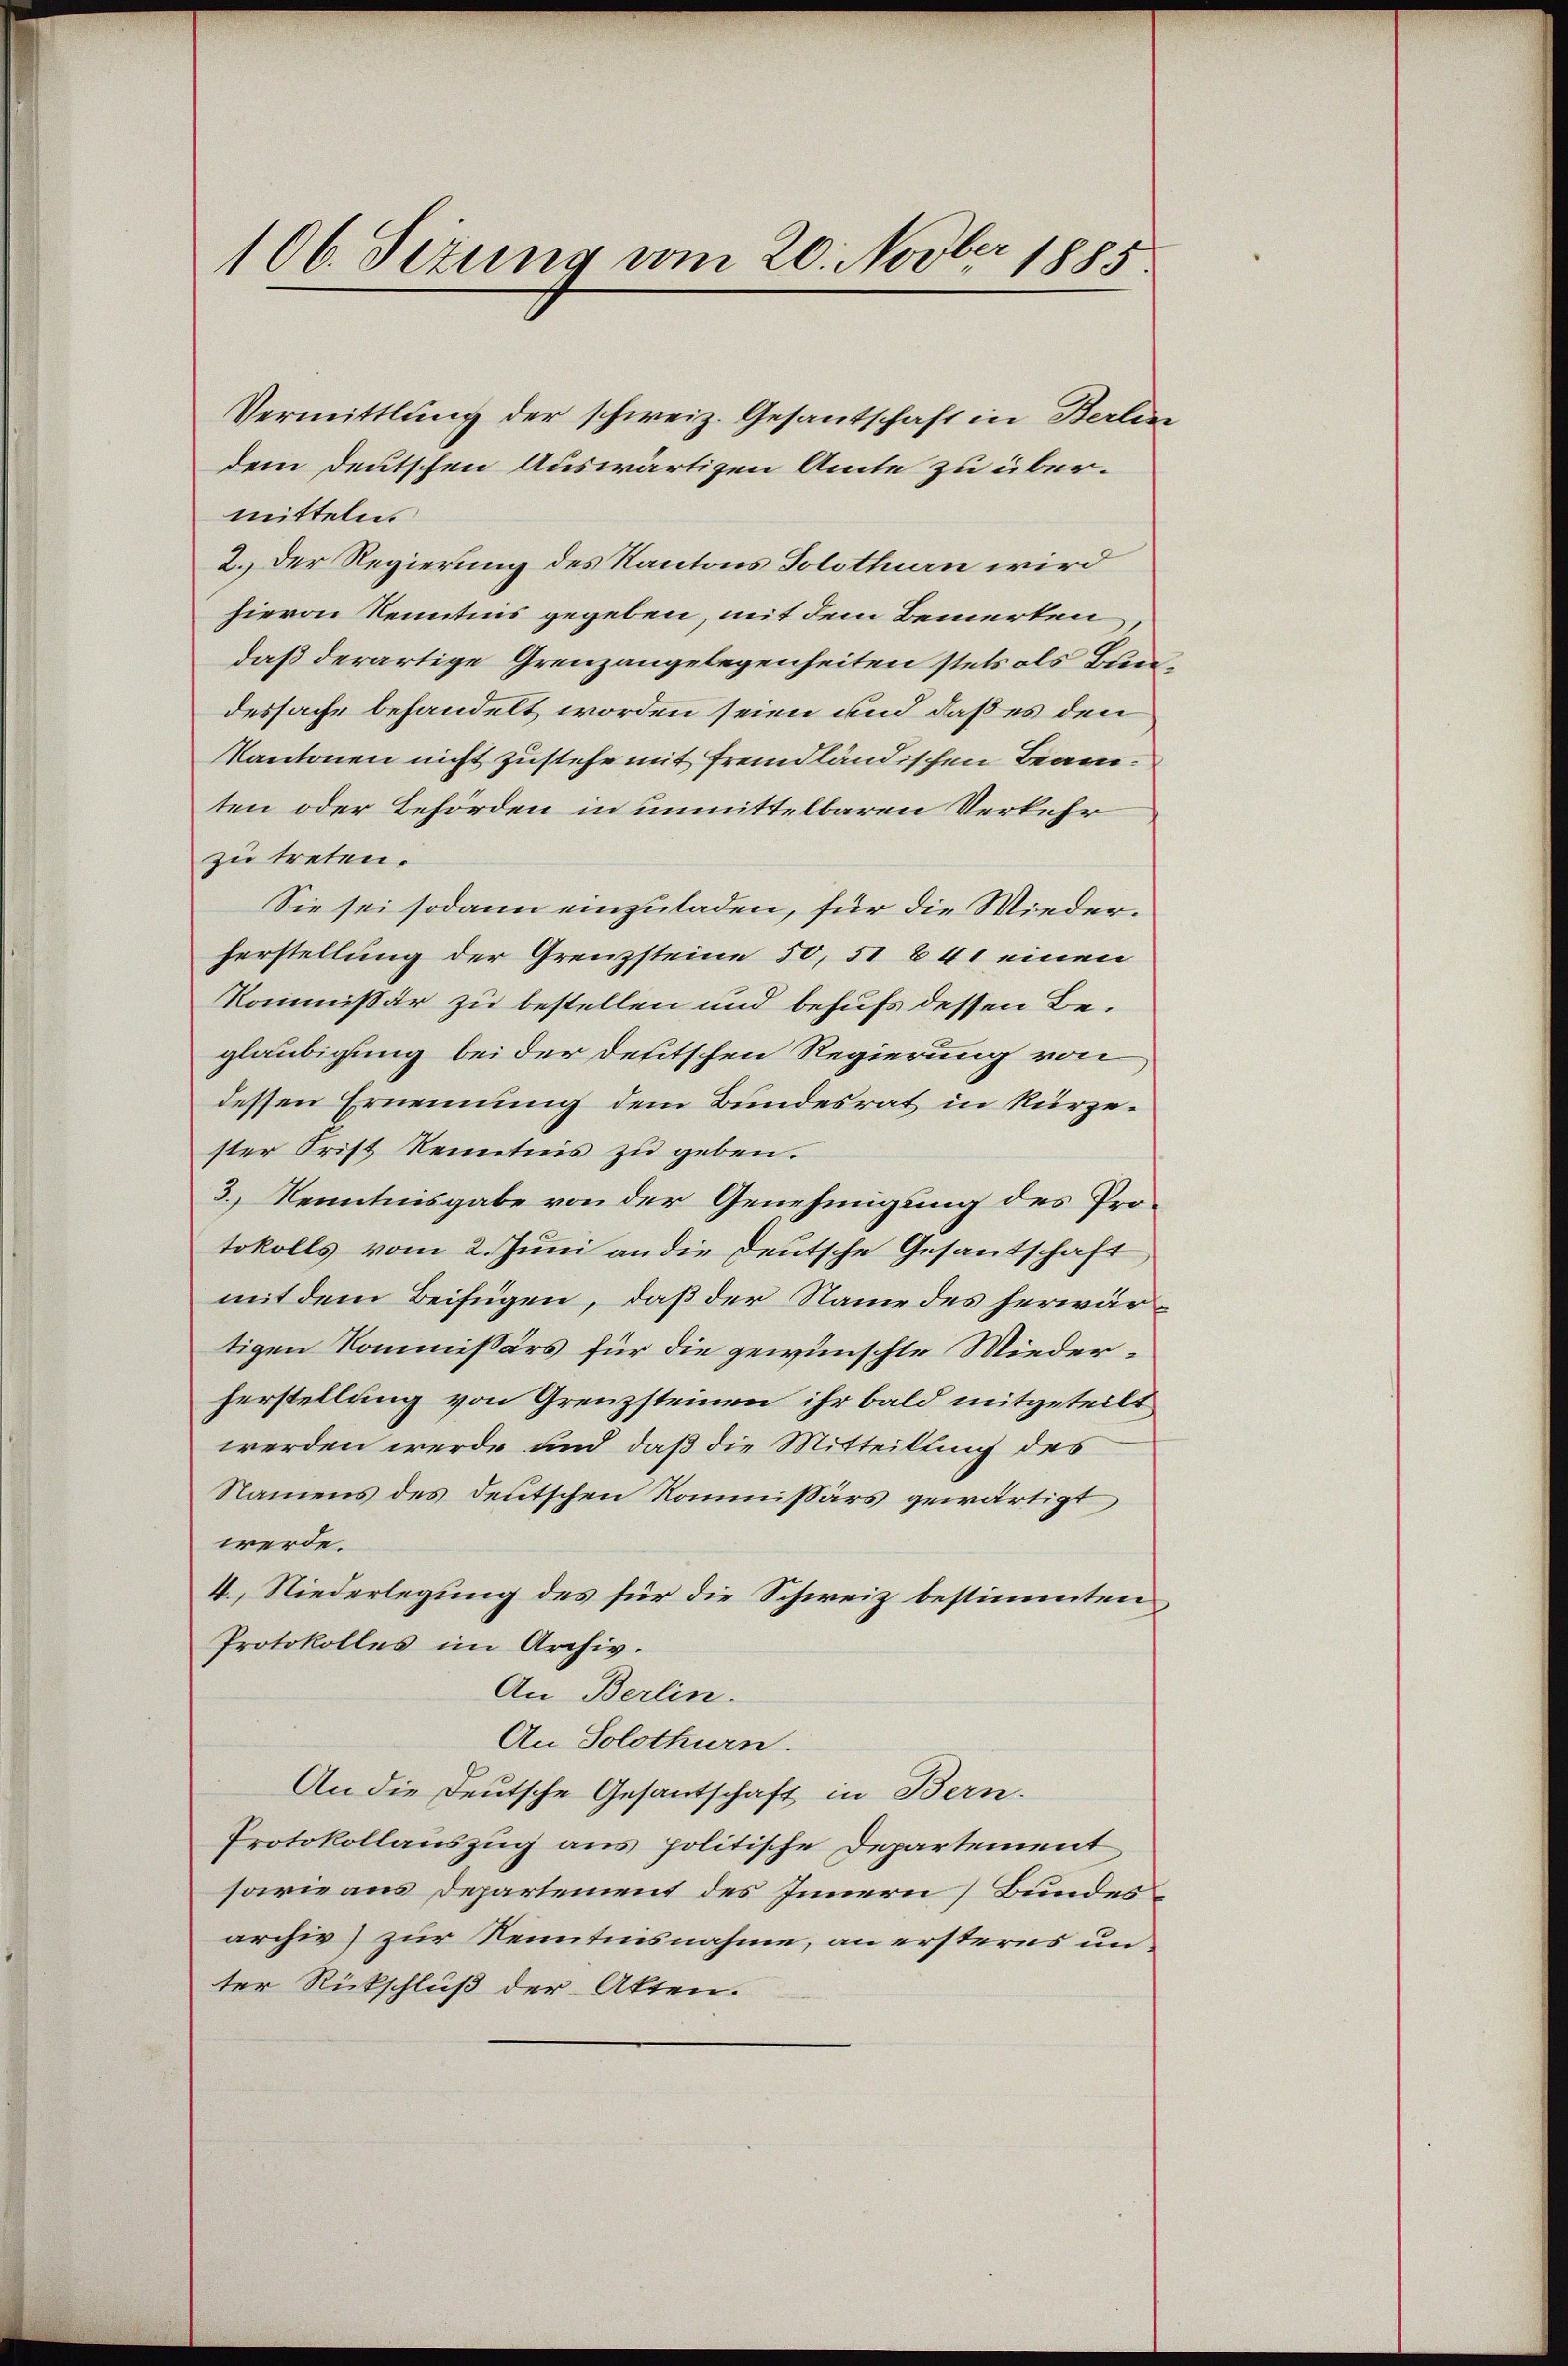
106. Sezung vom 20. Novber 1885

Vermittlung der schweiz. Gesantschaft in Berlin
dem deutschen Auswärtigen Amte zu übermitteln.
2.) Der Regierung des Kantons Solothurn wird
hievon Kenntnis gegeben, mit dem Bemerken
daß derartige Grenzangelegenheiten stets als Buredessache behandelt worden seien und daß es den
Kantonen nicht zustehe mit fremdländischen Beamten oder Behörden in unmittelbaren Verkehr
zu treten.
Sie sei sodann einzuladen, für die Wiederherstellung der Grenzsteine 50, 51 841 einen
Kommissär zu bestellen und behufs dessen Beglaubigung bei der Deutschen Regierung von
dessen Ernennung dem Bundesrat in kürzester Frist Kenntnis zu geben.
3.) Kenntnisgabe von der Genehmigung des Protokolls vom 2. Juni an die deutsche Gesantschaft
mit dem Beifügen, daß der Name des herwärtigen Kommissärs für die gewünschte Wiederherstellung von Grenzsteinen ihr bald mitgeteilt
werden werde und daß die Mitteilung des
Namens des deutschen Kommissärs gewärtigt
werde.
4. Niederlegung des für die Schweiz bestimmten
Protokolles im Archiv.
An Berlin.
An Solothurn.
2
An die Deutsche Gesantschaft in Bern.
Protokollauszug aus politische Departement
sowie aus Departement des Innern Bundes
archiv) zur Kenntnisnahme, an ersteres un
ter Rückschluß der Akten.